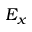
E _ { x }